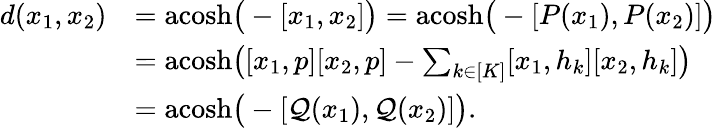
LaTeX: \begin{array}{rl}{d(x_{1},x_{2})}&{=\mathrm{acosh}\big(-[x_{1},x_{2}]\big)=\mathrm{acosh}\big(-[P(x_{1}),P(x_{2})]\big)}\\ &{=\mathrm{acosh}\big([x_{1},p][x_{2},p]-\sum_{k\in[K]}[x_{1},h_{k}][x_{2},h_{k}]\big)}\\ &{=\mathrm{acosh}\big(-[\mathcal{Q}(x_{1}),\mathcal{Q}(x_{2})]\big).}\end{array}